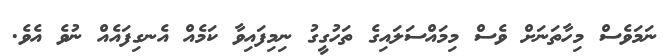
ނަމަވެސް މިހާތަނަށް ވެސް މިމައްސަލައިގެ ތަހުގީގު ނިމިފައިވާ ކަމެއް އެނގިފައެއް ނުވެ އެވެ.